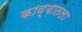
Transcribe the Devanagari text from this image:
काव्यातला